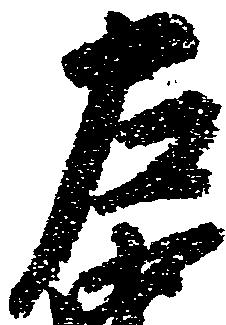
左